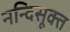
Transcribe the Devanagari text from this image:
नन्दिसूक्त